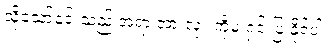
သို့သော်၎င်းသည် အရာ အားလုံး ကိုမ ရှင်းပြ နိုင်ပါ။